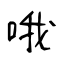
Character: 哦